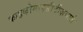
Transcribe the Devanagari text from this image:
फाइकोमाइसीटीज़वाले